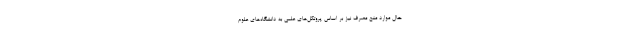
حال موارد منع مصرف نیز بر اساس پروتکل‌های علمی به دانشگاه‌های علوم